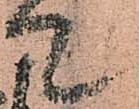
て